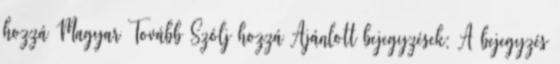
hozzá Magyar Tovább Szólj hozzá Ajánlott bejegyzések: A bejegyzés